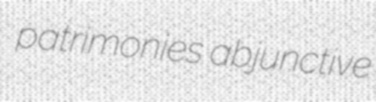
patrimonies abjunctive